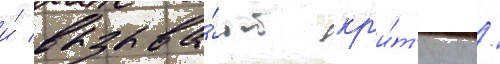
и́ вызыва́ют кр'и́т'ику /